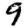
Digit: 9